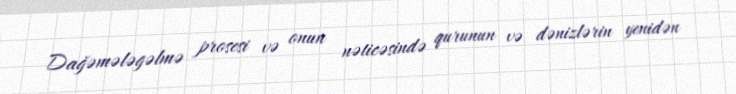
Dağəmələgəlmə prosesi və onun nəticəsində qurunun və dənizlərin yenidən